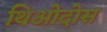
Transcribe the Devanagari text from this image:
थिओदोस